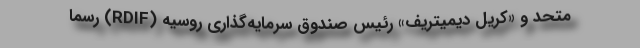
متحد و «کریل دیمیتریف» رئیس صندوق سرمایه‌گذاری روسیه (RDIF) رسماً